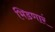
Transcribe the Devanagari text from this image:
भिडणारं